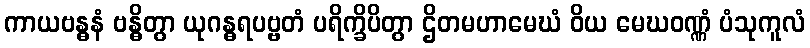
ကာယဗန္ဓနံ ဗန္ဓိတွာ ယုဂန္ဓရပဗ္ဗတံ ပရိက္ခိပိတွာ ဌိတမဟာမေဃံ ဝိယ မေဃဝဏ္ဏံ ပံသုကူလံ